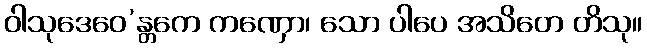
ဝါသုဒေဝေ’န္တကေ ကဏှော၊ သော ပါပေ အသိတေ တိသု။